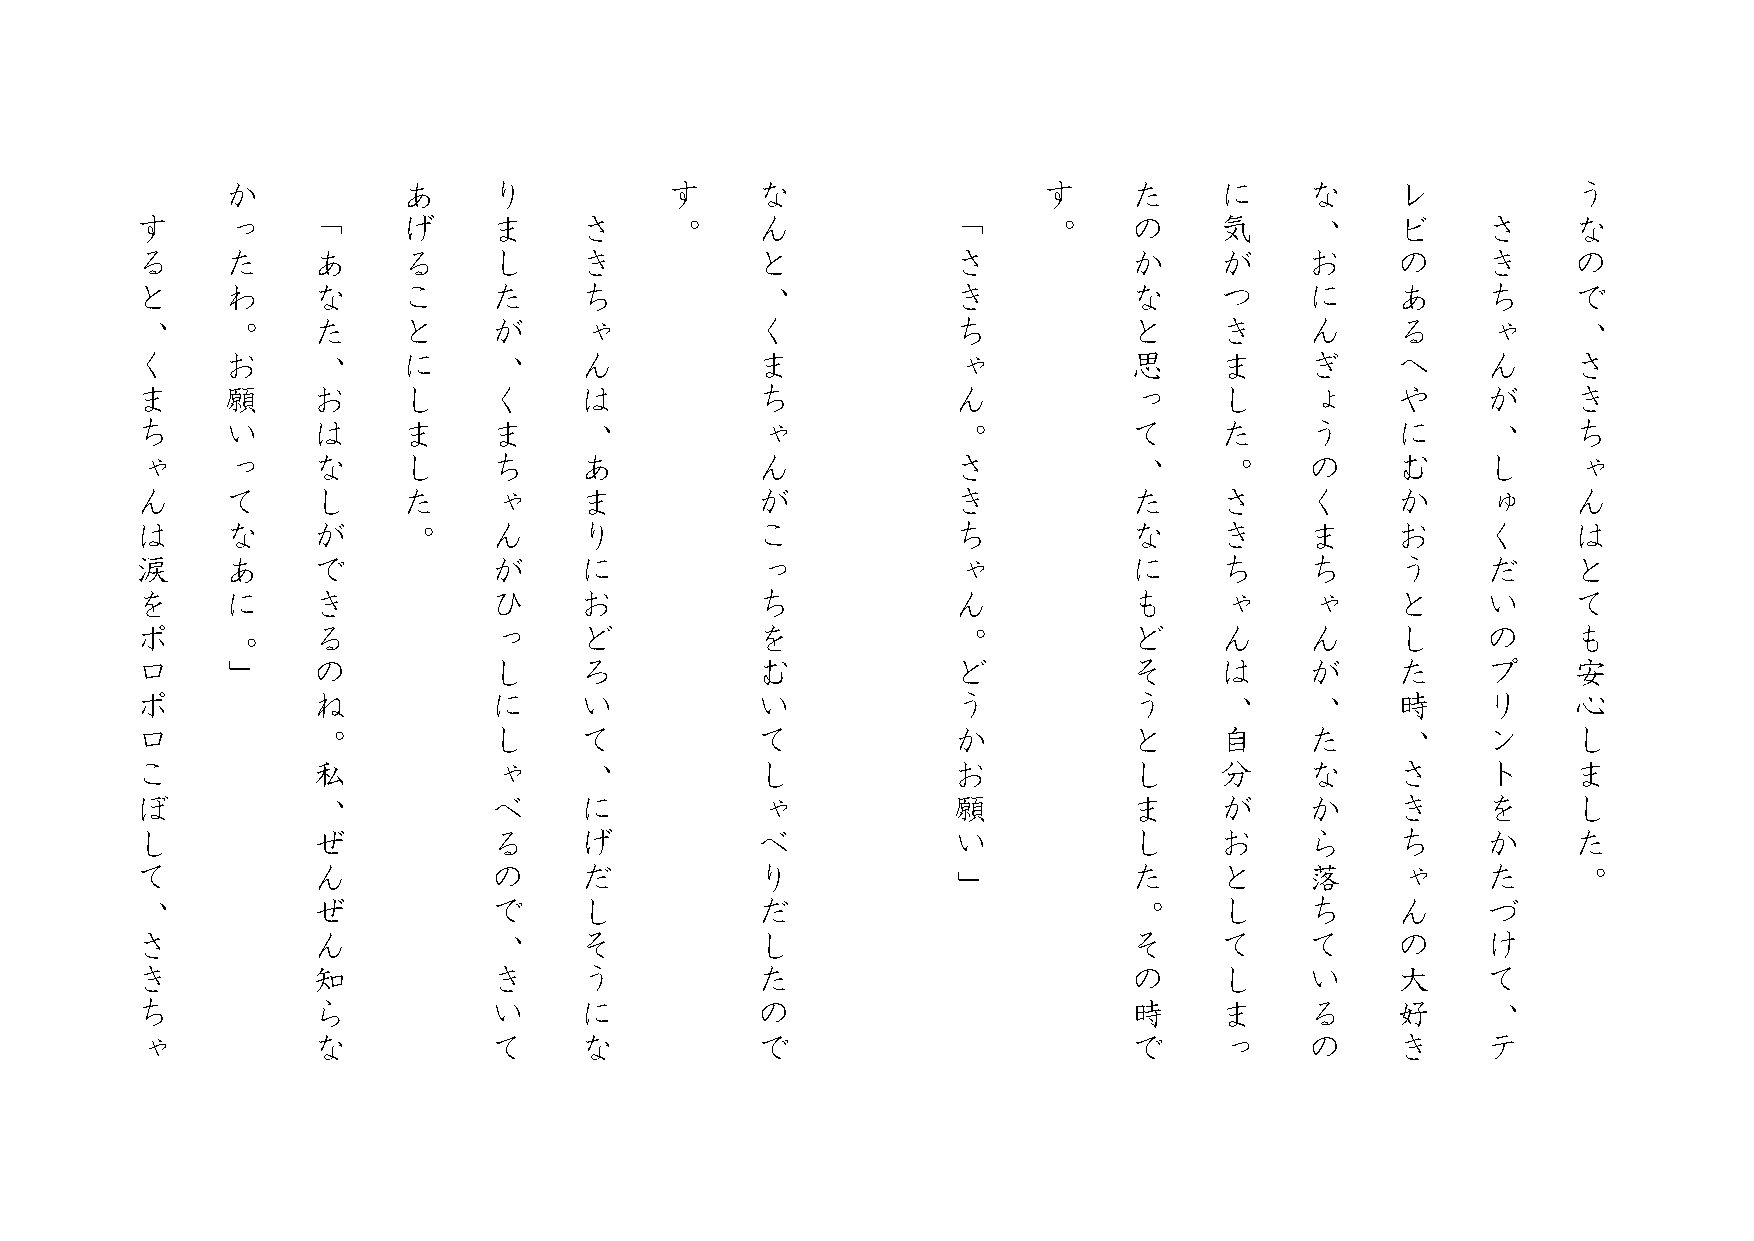
か           あ     り          す     な                  す     た     に     な    レ           う
 す     っ     「     げ     ま    さ     。     ん            「     。     の     気     、    ビ     さ     な
 る     た     あ     る     し    き           と            さ           か     が     お    の     き     の
 と     わ     な     こ     た    ち           、            き           な     つ     に    あ     ち     で
 、     。     た     と     が    ゃ           く            ち           と     き     ん    る     ゃ     、
 く     お     、     に     、    ん           ま            ゃ           思     ま     ぎ    へ     ん     さ
 ま     願     お     し     く    は           ち            ん           っ     し     ょ    や     が     き
 ち     い     は     ま     ま    、           ゃ            。           て     た     う    に     、     ち
 ゃ     っ     な     し     ち    あ           ん            さ           、     。     の    む     し     ゃ
 ん     て     し     た     ゃ    ま           が            き           た     さ     く    か     ゅ     ん
 は     な     が     。     ん    り           こ            ち           な     き     ま    お     く     は
 涙     あ     で           が    に           っ            ゃ           に     ち     ち    う     だ     と
 を     に     き           ひ    お           ち            ん           も     ゃ     ゃ    と     い     て
 ポ     。     る           っ    ど           を            。           ど     ん     ん    し     の     も
 ロ     」     の           し    ろ           む            ど           そ     は     が    た     プ     安
 ポ           ね           に    い           い            う           う     、     、    時     リ     心
 ロ           。           し    て           て            か           と     自     た    、     ン     し
 こ           私           ゃ    、           し            お           し     分     な    さ     ト     ま
 ぼ           、           べ    に           ゃ            願           ま     が     か    き     を     し
 し           ぜ           る    げ           べ            い           し     お     ら    ち     か     た
 て           ん           の    だ           り            」           た     と     落    ゃ     た     。
 、           ぜ           で    し           だ                        。     し     ち    ん     づ
 さ           ん           、    そ           し                        そ     て     て    の     け
 き           知           き    う           た                        の     し     い    大     て
 ち           ら           い    に           の                        時     ま     る    好     、
 ゃ           な           て    な           で                        で     っ     の    き     テ